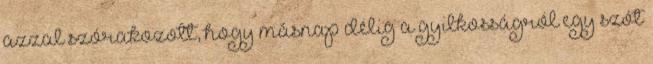
azzal szórakozott, hogy másnap délig a gyilkosságról egy szót